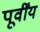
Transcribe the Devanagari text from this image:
पूर्वींय